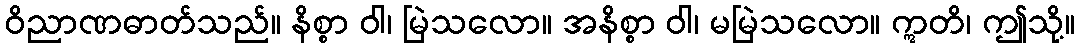
ဝိညာဏဓာတ်သည်။ နိစ္စာ ဝါ၊ မြဲသလော။ အနိစ္စာ ဝါ၊ မမြဲသလော။ ဣတိ၊ ဤသို့။